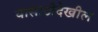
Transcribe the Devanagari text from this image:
यासाठीदेखील